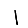
Digit: 1